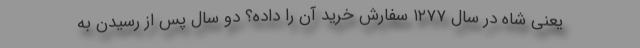
یعنی شاه در سال ۱۲۷۷ سفارش خرید آن را داده؟ دو سال پس از رسیدن به